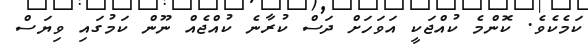
ކަމެކެވެ. ކޮންމެ ކުއްޖަކީ އަވަހަށް ދަސް ކުރާނެ ކުއްޖެއް ނޫން ކަމުގައި ވިޔަސް